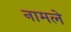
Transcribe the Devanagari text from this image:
नामले